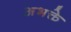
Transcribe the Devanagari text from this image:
अभक्ते